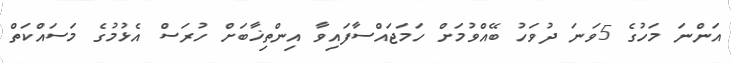
އަންނަ މަހުގެ 5ވަނަ ދުވަހު ބޭއްވުމަށް ހަމަޖައްސާފައިވާ އިންތިޚާބަށް ހުރަސް އެޅުމުގެ މަސައްކަތް